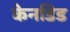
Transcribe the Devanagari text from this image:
केनडिड